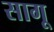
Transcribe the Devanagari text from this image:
सागू